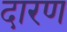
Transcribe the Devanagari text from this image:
दारण